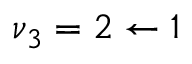
\nu _ { 3 } = 2 \leftarrow 1